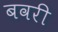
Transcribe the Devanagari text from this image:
बवरी